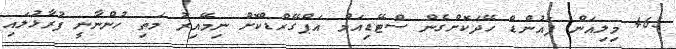
465 މިލިއަން ޕައުންޑް ހޭދަކޮށްގެން ސްޓޭޑިއަމް އަޕްގޭރްޑްކޮށް ނިމޭއިރު މަތި ހުންނާނީ ފުރާޅުލައި